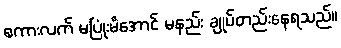
စကားလက် မပြုံးမိအောင် မနည်း ချုပ်တည်းနေရသည်။